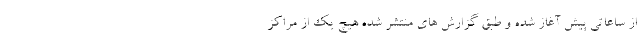
از ساعاتی پیش آغاز شده و طبق گزارش های منتشر شده هیچ یک از مراکز